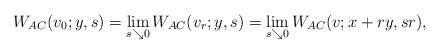
LaTeX: \begin{align*} W_{AC}(v_0;y,s) = \lim_{s\searrow 0} W_{AC}(v_r;y,s) = \lim_{s\searrow 0} W_{AC}(v;x+ry,sr),\end{align*}